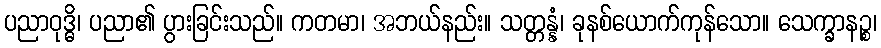
ပညာဝုဒ္ဓိ၊ ပညာ၏ ပွားခြင်းသည်။ ကတမာ၊ အဘယ်နည်း။ သတ္တန္နံ၊ ခုနစ်ယောက်ကုန်သော။ သေက္ခာနဉ္စ၊